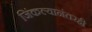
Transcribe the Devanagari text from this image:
जिंकल्यानंतरही